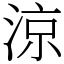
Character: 涼